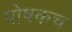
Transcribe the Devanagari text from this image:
पोषकच